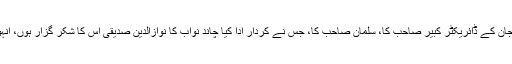
میں شکر گذار ہوں بجرنگی بھائی جان کے ڈائریکٹر کبیر صاحب کا، سلمان صاحب کا، جس نے کردار ادا کیا چاند نواب کا نوازالدین صدیقی اس کا شکر گزار ہوں، انہوں نے مجھے بڑی محبت دی ہے۔